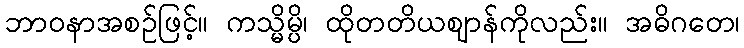
ဘာဝနာအစဉ်ဖြင့်။ ကသ္မိမ္ပိ၊ ထိုတတိယဈာန်ကိုလည်း။ အဓိဂတေ၊